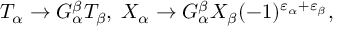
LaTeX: { \cal T } _ { \alpha } \rightarrow G _ { \alpha } ^ { \beta } { \cal T } _ { \beta } , \; X _ { \alpha } \rightarrow G _ { \alpha } ^ { \beta } X _ { \beta } ( - 1 ) ^ { \varepsilon _ { \alpha } + \varepsilon _ { \beta } } ,